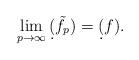
LaTeX: \begin{align*} \lim_{p\to\infty} \d(\tilde f_p) = \d(f).\end{align*}